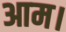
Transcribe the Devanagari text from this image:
आम।